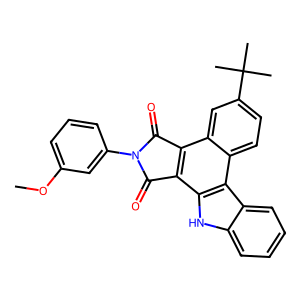
SMILES: COc1cccc(N2C(=O)c3c(c4[nH]c5ccccc5c4c4ccc(C(C)(C)C)cc34)C2=O)c1
Inhibits HIV replication: No